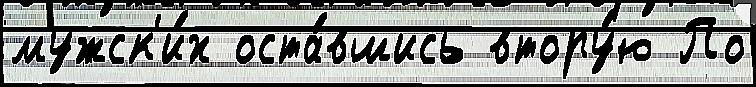
мужск'и́х оста́вшись втору́ю По